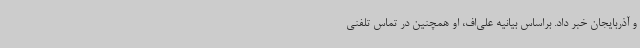
و آذربایجان خبر داد. براساس بیانیه علی‌اف، او همچنین در تماس تلفنی